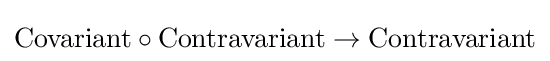
\mathrm {Covariant} \circ \mathrm {Contravariant} \to \mathrm {Contravariant}